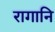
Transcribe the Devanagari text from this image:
रागानि